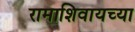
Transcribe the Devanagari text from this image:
रामाशिवायच्या